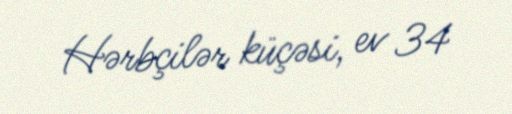
Hərbçilər küçəsi, ev 34